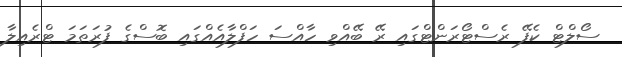
ސޯލްޓް ކެފޭ ރެސްޓޯރަންޓްގައި ރޭ ބޭއްވި ހާއްސަ ހަފްލާއެއްގައި ބޮސްގެ ފުރަތަމަ ޓްރެއިލާ